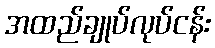
အထည်ချုပ်လုပ်ငန်း